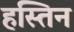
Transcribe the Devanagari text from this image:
हस्तिन